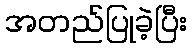
အတည်ပြုခဲ့ပြီး